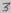
Text: 3